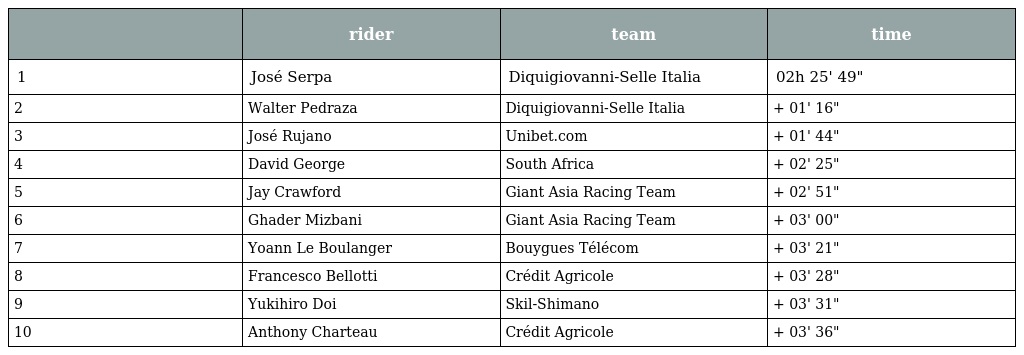
|  | rider | team | time |
 | --- | --- | --- | --- |
 | 1 | José Serpa | Diquigiovanni-Selle Italia | 02h 25' 49" |
 | 2 | Walter Pedraza | Diquigiovanni-Selle Italia | + 01' 16" |
 | 3 | José Rujano | Unibet.com | + 01' 44" |
 | 4 | David George | South Africa | + 02' 25" |
 | 5 | Jay Crawford | Giant Asia Racing Team | + 02' 51" |
 | 6 | Ghader Mizbani | Giant Asia Racing Team | + 03' 00" |
 | 7 | Yoann Le Boulanger | Bouygues Télécom | + 03' 21" |
 | 8 | Francesco Bellotti | Crédit Agricole | + 03' 28" |
 | 9 | Yukihiro Doi | Skil-Shimano | + 03' 31" |
 | 10 | Anthony Charteau | Crédit Agricole | + 03' 36" |